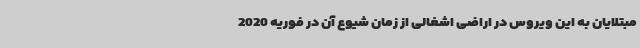
مبتلایان به این ویروس در اراضی اشغالی از زمان شیوع آن در فوریه 2020